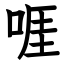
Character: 啀